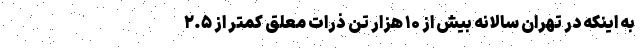
به اینکه در تهران سالانه بیش از ۱۰ هزار تن ذرات معلق کمتر از ۲.۵